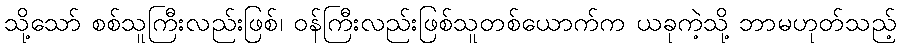
သို့သော် စစ်သူကြီးလည်းဖြစ်၊ ဝန်ကြီးလည်းဖြစ်သူတစ်ယောက်က ယခုကဲ့သို့ ဘာမဟုတ်သည့်